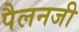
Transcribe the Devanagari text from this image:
पैलनजी